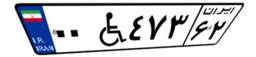
۰۰W۴۷۳۶۲